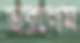
ভরলেম